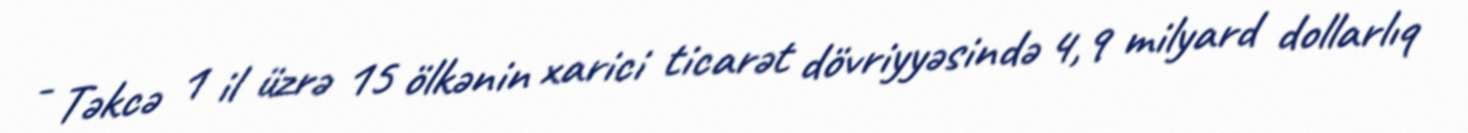
- Təkcə 1 il üzrə 15 ölkənin xarici ticarət dövriyyəsində 4,9 milyard dollarlıq